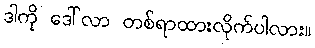
ဒါကို ဒေါ်လာ တစ်ရာထားလိုက်ပါလား။